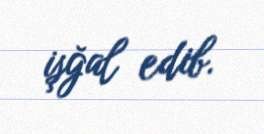
işğal edib.